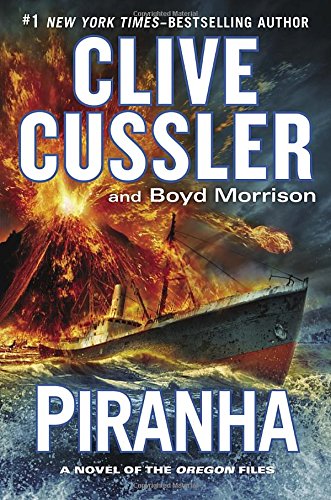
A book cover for Piranha (The Oregon Files); Clive Cussler; Literature & Fiction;